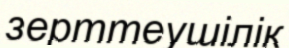
зерттеушілік